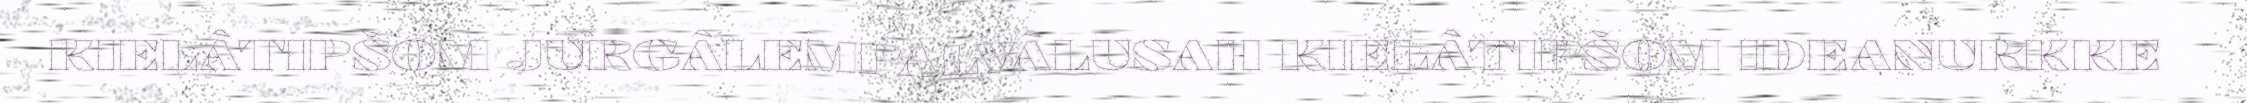
KIELÂTIPŠOM JURGÂLEMPALVÂLUSAH KIELÂTIPŠOM IDEANURKKE